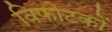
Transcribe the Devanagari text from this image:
विफोटकों